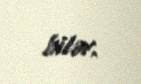
bilər.